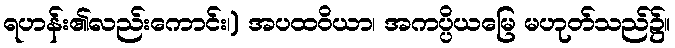
ရဟန်း၏လည်းကောင်း၊) အပထဝိယာ၊ အကပ္ပိယမြေ မဟုတ်သည်၌။